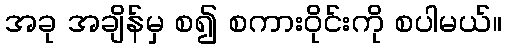
အခု အချိန်မှ စ၍ စကားဝိုင်းကို စပါမယ်။